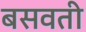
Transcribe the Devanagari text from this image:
बसवती